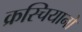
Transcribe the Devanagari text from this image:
क्रस्चियानो